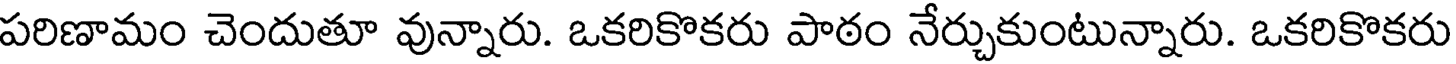
పరిణామం చెందుతూ వున్నారు. ఒకరికొకరు పాఠం నేర్చుకుంటున్నారు. ఒకరికొకరు